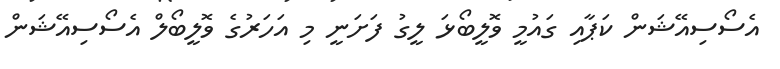
އެސޯސިއޭޝަން ކަޕާއި ގައުމީ ވޮލީބޯޅަ ލީގު ފަށަނީ މި އަހަރުގެ ވޮލީބޯލް އެސޯސިއޭޝަން